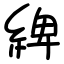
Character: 綼